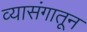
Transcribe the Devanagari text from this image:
व्यासंगातून